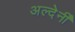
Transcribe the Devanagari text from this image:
अल्देर्नी